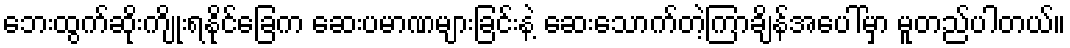
ဘေးထွက်ဆိုးကျိုးရနိုင်ခြေက ဆေးပမာဏများခြင်းနဲ့ ဆေးသောက်တဲ့ကြာချိန်အပေါ်မှာ မူတည်ပါတယ်။